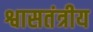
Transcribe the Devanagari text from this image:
श्वासतंत्रीय